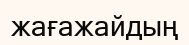
жағажайдың